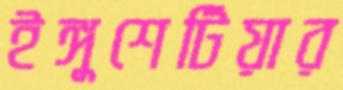
ইঙ্গুশেটিয়ার